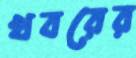
খবরের